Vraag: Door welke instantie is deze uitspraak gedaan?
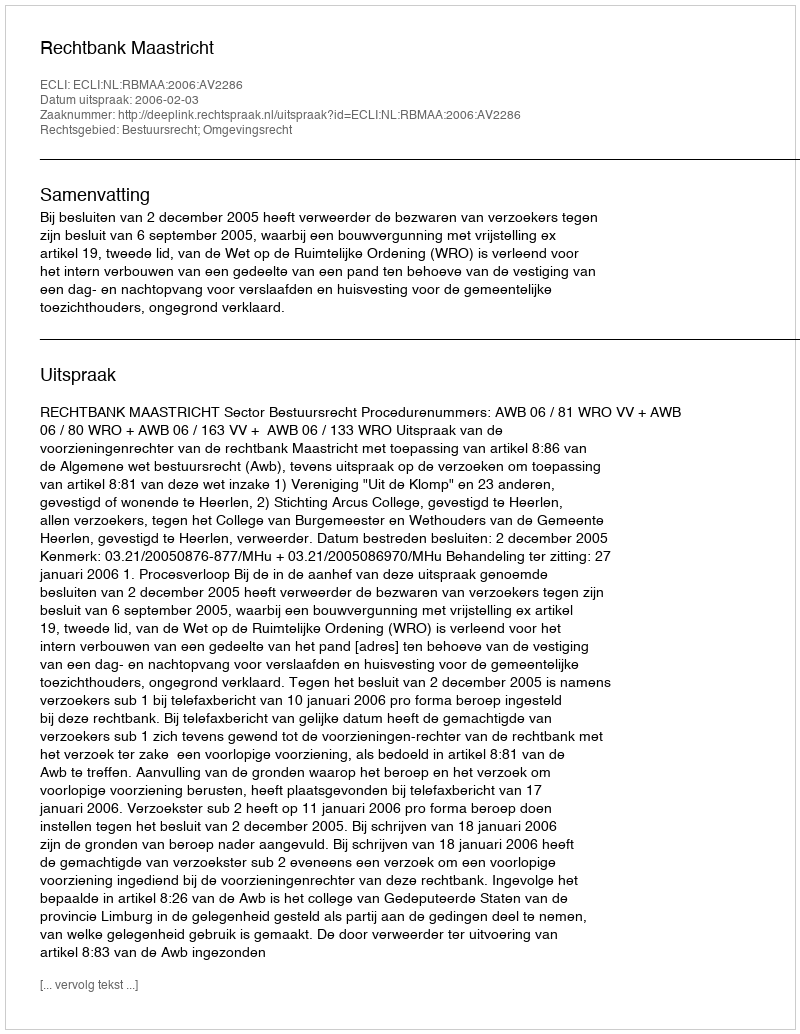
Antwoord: Rechtbank Maastricht